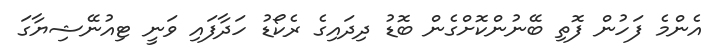
އެންމެ ފަހުން ފޮތި ބޭނުންކޮށްގެން ބޮޑު ދިދައިގެ ރެކޯޑު ހަދާފައި ވަނީ ޓިއުނޭޝިޔާގަ